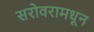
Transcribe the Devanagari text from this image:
सरोवरामधून